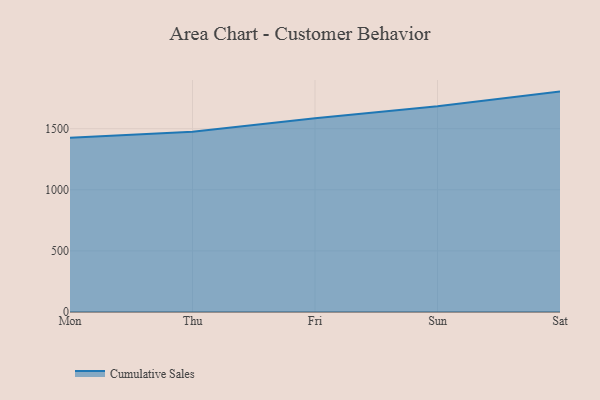
{"axis": {"x": "Day", "y": "Satisfaction Score"}, "legend": ["Cumulative Sales"], "data": [{"x": "Mon", "y": 1425.5, "type": "Cumulative Sales"}, {"x": "Thu", "y": 1475.1, "type": "Cumulative Sales"}, {"x": "Fri", "y": 1585.5, "type": "Cumulative Sales"}, {"x": "Sun", "y": 1683.2, "type": "Cumulative Sales"}, {"x": "Sat", "y": 1803.5, "type": "Cumulative Sales"}]}